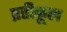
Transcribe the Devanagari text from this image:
प्रतीकूल